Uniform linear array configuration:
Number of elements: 12
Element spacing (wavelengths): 0.5
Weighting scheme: exponential
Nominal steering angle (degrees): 30
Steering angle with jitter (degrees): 29.347
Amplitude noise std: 0.05
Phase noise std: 0.05

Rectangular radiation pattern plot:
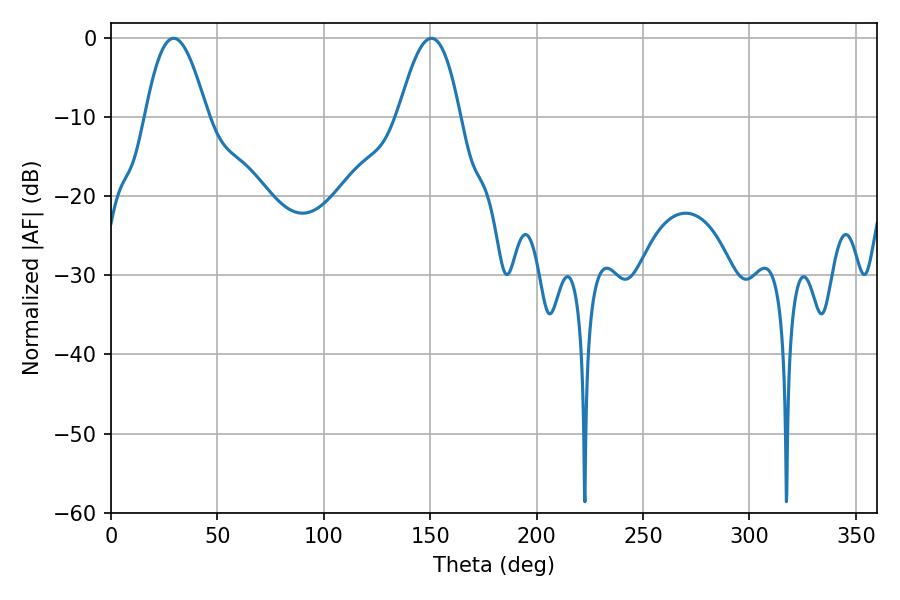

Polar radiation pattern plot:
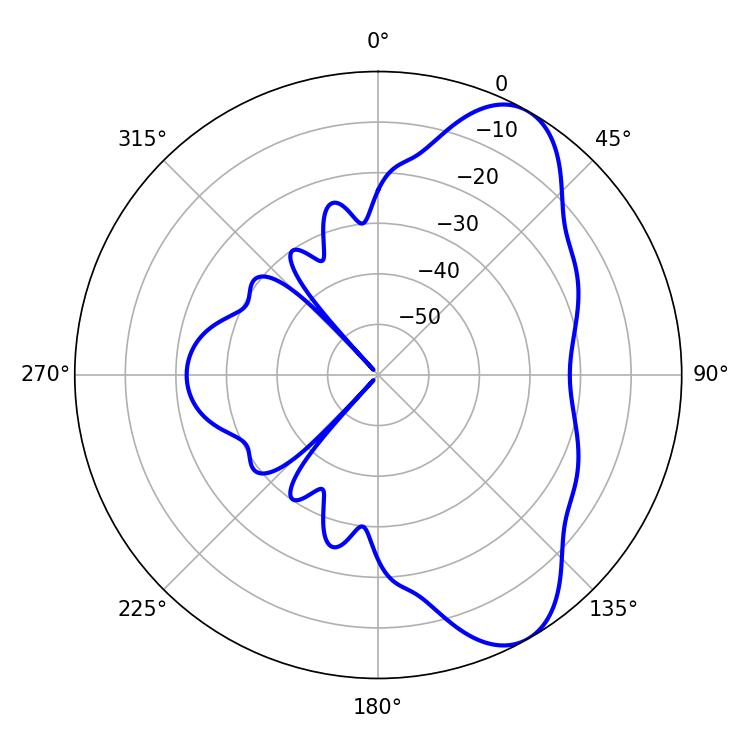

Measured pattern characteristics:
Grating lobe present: FALSE
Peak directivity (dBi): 7.9
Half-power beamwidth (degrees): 15.66
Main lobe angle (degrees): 29.52